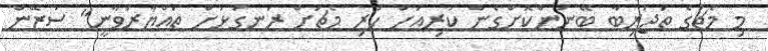
މި މެޗުގެ ތަޖުރިބާ ބޭނުންކޮށްގެން ކުރިއަށް ހުރި މެޗަށް ރަނގަޅަށް ތައްޔާރުވާނީ" ސުޒޭން